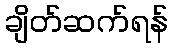
ချိတ်ဆက်ရန်